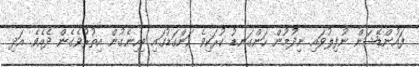
ފައުންޑޭޝަން ނުފިލުވައި ނިދުމުން ހަންގަނޑު ކުރަކިވެ ހަންގަޑުގައި ބިހިނެގުން އިތުރުވެގެން ދެއެވެ. އަދި